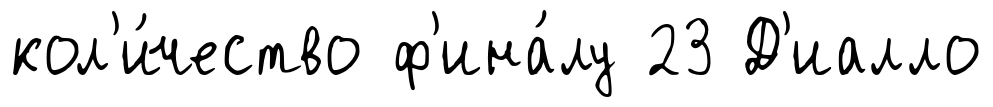
кол'и́чество ф'ина́лу 23 Д'иалло